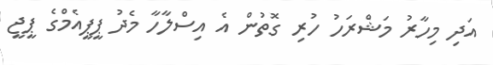
އަދި މިހާރު މަޝްރަހު ހުރި ގޮތުން އެ އިސްލާހާ މެދު ޕީޕީއެމްގެ ޕީޖީ